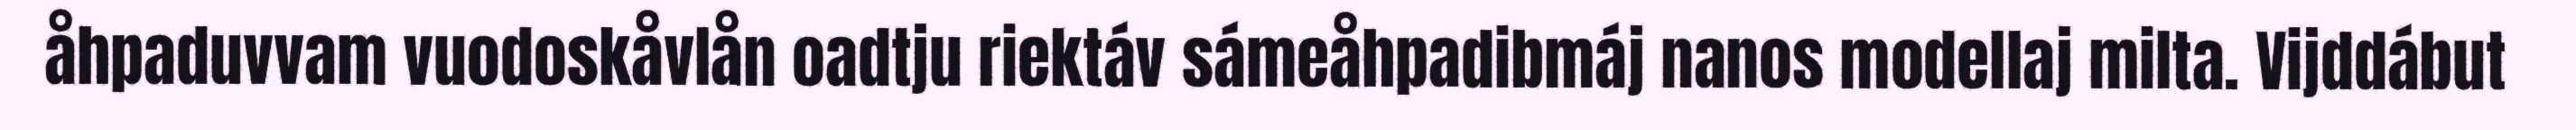
åhpaduvvam vuodoskåvlån oadtju riektáv sámeåhpadibmáj nanos modellaj milta. Vijddábut